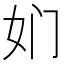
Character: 𱙅